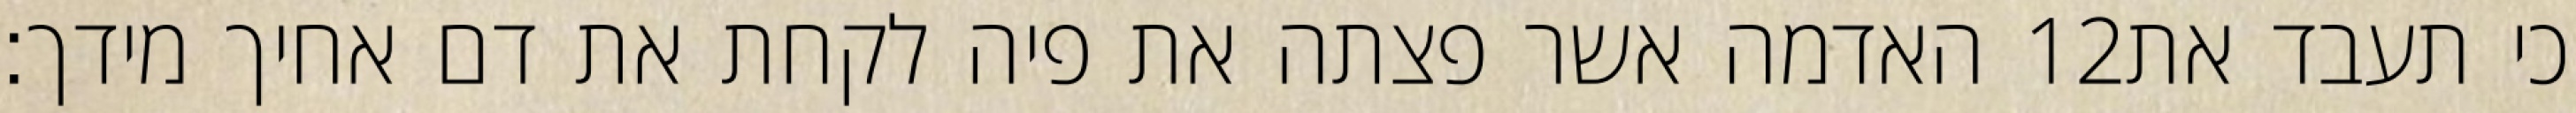
האדמה אשר פצתה את פיה לקחת את דם אחיך מידך׃ ‎12‏ כי תעבד את